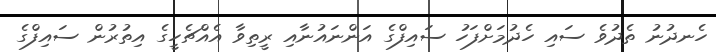
ހެނދުނު ތެދުވެ ސައި ހެދުމަށްފަހު ސައިފްގެ އަންނައުނާއި ރީތިވާ އެއްޗެހީގެ އިތުރުން ސައިފްގެ